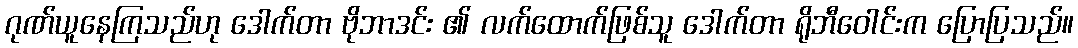
ဂုဏ်ယူနေကြသည်ဟု ဒေါက်တာ ဗိုဘာဒင်း ၏ လက်ထောက်ဖြစ်သူ ဒေါက်တာ ရိုဘီဝေါင်းက ပြောပြသည်။